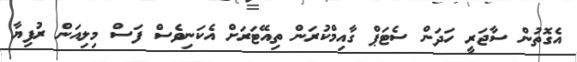
އެގޮތުން ސާޖަރީ ހަދަން ސެޓަޕް ގާއިމްކުރަން ތިއޭޓަރަށް އެކަނިވެސް ފަސް މިލިއަން ރުފިޔާ